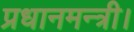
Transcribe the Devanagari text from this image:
प्रधानमन्त्री।